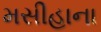
મસીહાના